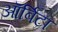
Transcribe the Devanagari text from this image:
ऑर्बिटा